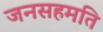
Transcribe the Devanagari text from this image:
जनसहमति